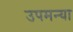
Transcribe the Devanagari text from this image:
उपमन्या